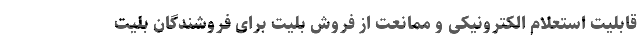
قابلیت استعلام الکترونیکی و ممانعت از فروش بلیت برای فروشندگان بلیت